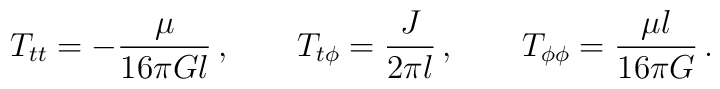
T_{tt} = -\frac{\mu}{16\pi Gl}\,, \qquad T_{t\phi} = \frac{J}{2\pi l}\,,\qquad T_{\phi\phi} = \frac{\mu l}{16\pi G}\,.